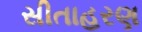
સીતાહરણ